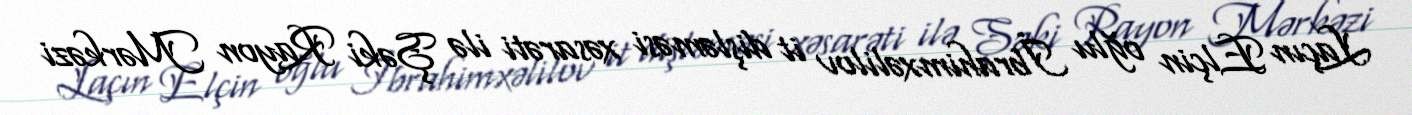
Laçın Elçin oğlu İbrahimxəlilov it dişləməsi xəsarəti ilə Şəki Rayon Mərkəzi